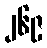
၂၆၉